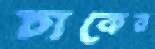
চাকের